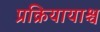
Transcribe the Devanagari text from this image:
प्रक्रियायाश्च